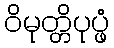
ဝိမုတ္တိပုပ္ဖံ